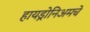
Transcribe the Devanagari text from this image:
हायड्रोनिअमचे